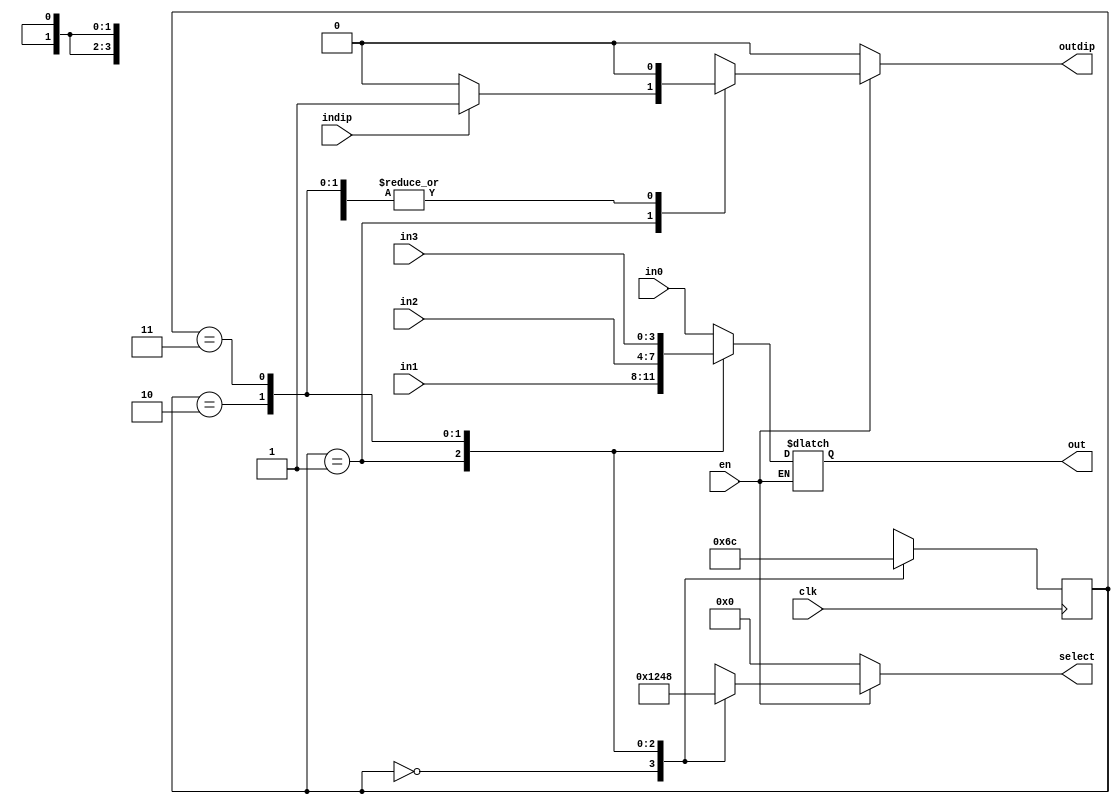
module DispScan
(
	input clk,en,
	input [3:0]in0,in1,in2,in3,
	input indip,
	output reg [3:0]select,out,
	output reg outdip
);
	reg		[1:0]state;
	localparam S0 = 0, S1 = 1, S2 = 2, S3 = 3;
	always @ (state or en) 
	begin
		if (en)
			begin
			case (state)
				S0:
					begin
						select <= 4'b0001;
						out[3:0] <= in0[3:0];
						outdip <= 0;
					end
				S1:
					begin
						select <= 4'b0010;
						out[3:0] <= in1[3:0];
						if(indip)
						   outdip <= 1;
						else
							outdip <= 0;
					end	
				S2:
					begin
						select <= 4'b0100;
						out[3:0] <= in2[3:0];
						outdip <= 0;
					end
				S3:
					begin
						select <= 4'b1000;
						out[3:0] <= in3[3:0];
						outdip <= 0;
					end
				default:
					{out, outdip} = 5'b00000;
			endcase
			end
		else
			{select, outdip} <= 5'b00000;
	end
	always @ (posedge clk) begin
		case (state)
			S0:
				state <= S1;
			S1:
				state <= S2;
			S2:
				state <= S3;
			S3:
				state <= S0;
		endcase
	end
endmodule